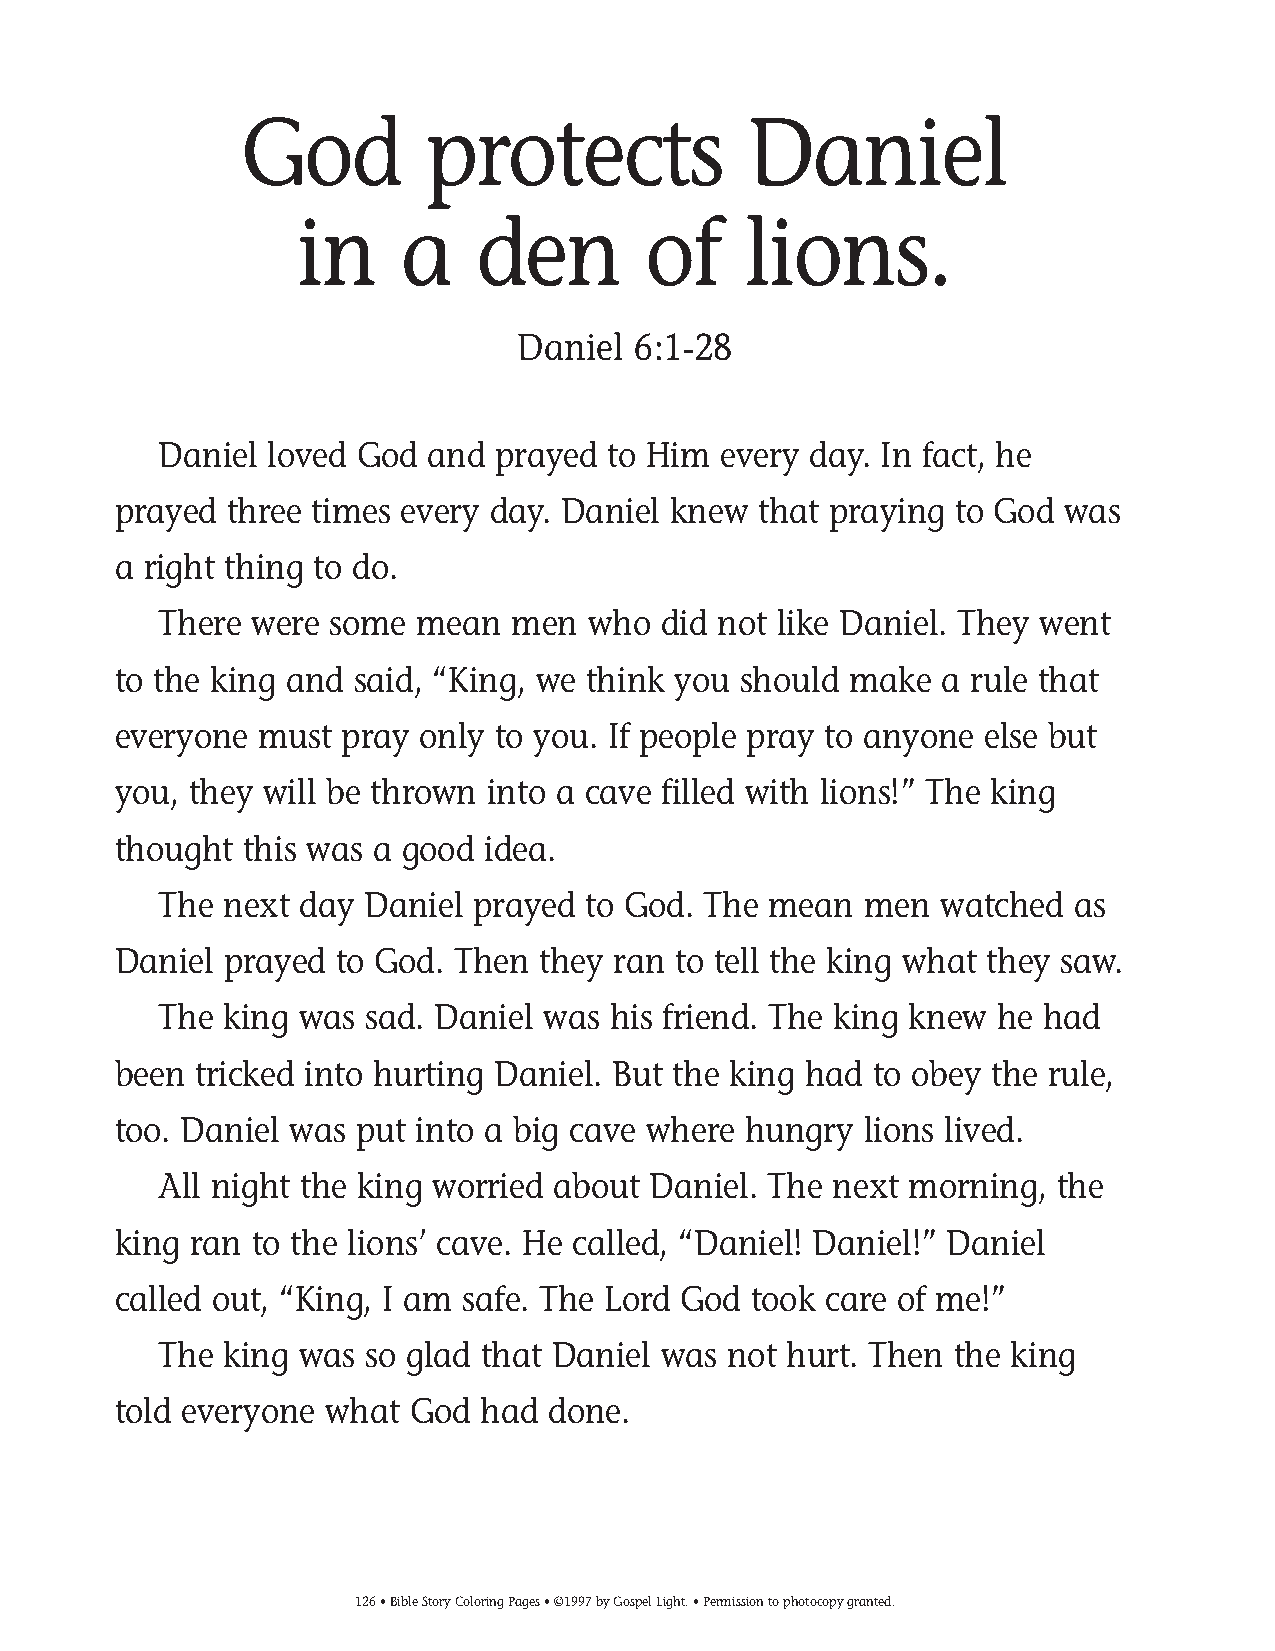
125-154 Coloring pgs_125-154 Coloring pgs 2/19/14 11:48 AM Page 126
 God          protects             Daniel
 in     a    den        of     lions.
 Daniel 6:1-28
 Daniel loved God  and prayed  to Him every day. In fact, he
 prayed three times every day. Daniel knew  that praying to God was
 a right thing to do.
 There were some  mean  men  who  did not like Daniel. They went
 to the king and said, “King, we think you should make  a rule that
 everyone  must pray only to you. If people pray to anyone else but
 you, they will be thrown into a cave filled with lions!” The king
 thought  this was a good idea.
 The next day  Daniel prayed to God. The mean   men  watched  as
 Daniel prayed  to God. Then they ran to tell the king what they saw.
 The king was  sad. Daniel was his friend. The king knew he had
 been tricked into hurting Daniel. But the king had to obey the rule,
 too. Daniel was put into a big cave where hungry  lions lived.
 All night the king worried about Daniel. The next morning, the
 king ran to the lions’ cave. He called, “Daniel! Daniel!” Daniel
 called out, “King, I am safe. The Lord God took care of me!”
 The king was  so glad that Daniel was not hurt. Then the king
 told everyone what  God had  done.
 126• Bible Story Coloring Pages • ©1997 by Gospel Light. • Permission to photocopy granted.